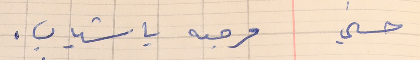
حسني    مرحبه يا شباب.